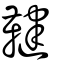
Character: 鞬